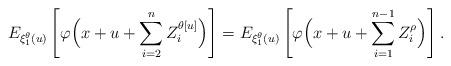
LaTeX: \begin{align*}E_{\xi_1^\theta(u)}\left[\varphi\Bigl(x+u+\sum_{i=2}^{n} Z_i^{\theta[u]}\Bigr)\right]=E_{\xi_1^\theta(u)}\left[\varphi\Bigl(x+u+\sum_{i=1}^{n-1} Z_i^{\rho}\Bigr)\right].\end{align*}